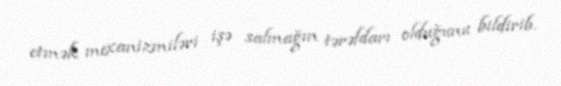
etmək mexanizmiləri işə salmağın tərəfdarı olduğunu bildirib.